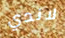
لاندي